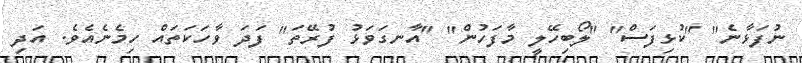
ނުފަޅާނެ" "ކުޅިފަސް" "ލޯބިހޭލީ މާފަހުން" "އާނގަވަޅު ފުރޭތަ" ފަދަ ވާހަކަތައް ހިމެނެއެވެ. އަދި